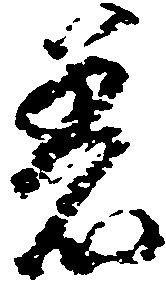
着